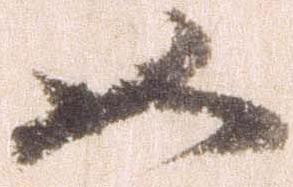
如